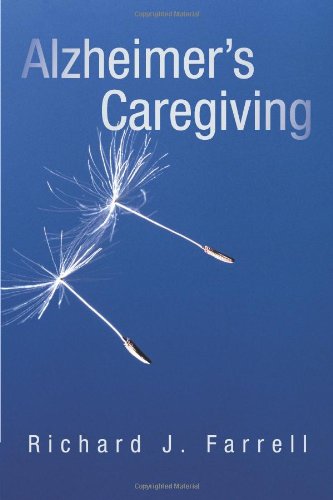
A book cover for Alzheimer's Caregiving: Lessons from a Surviving Spouse; Richard J. Farrell; Health, Fitness & Dieting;